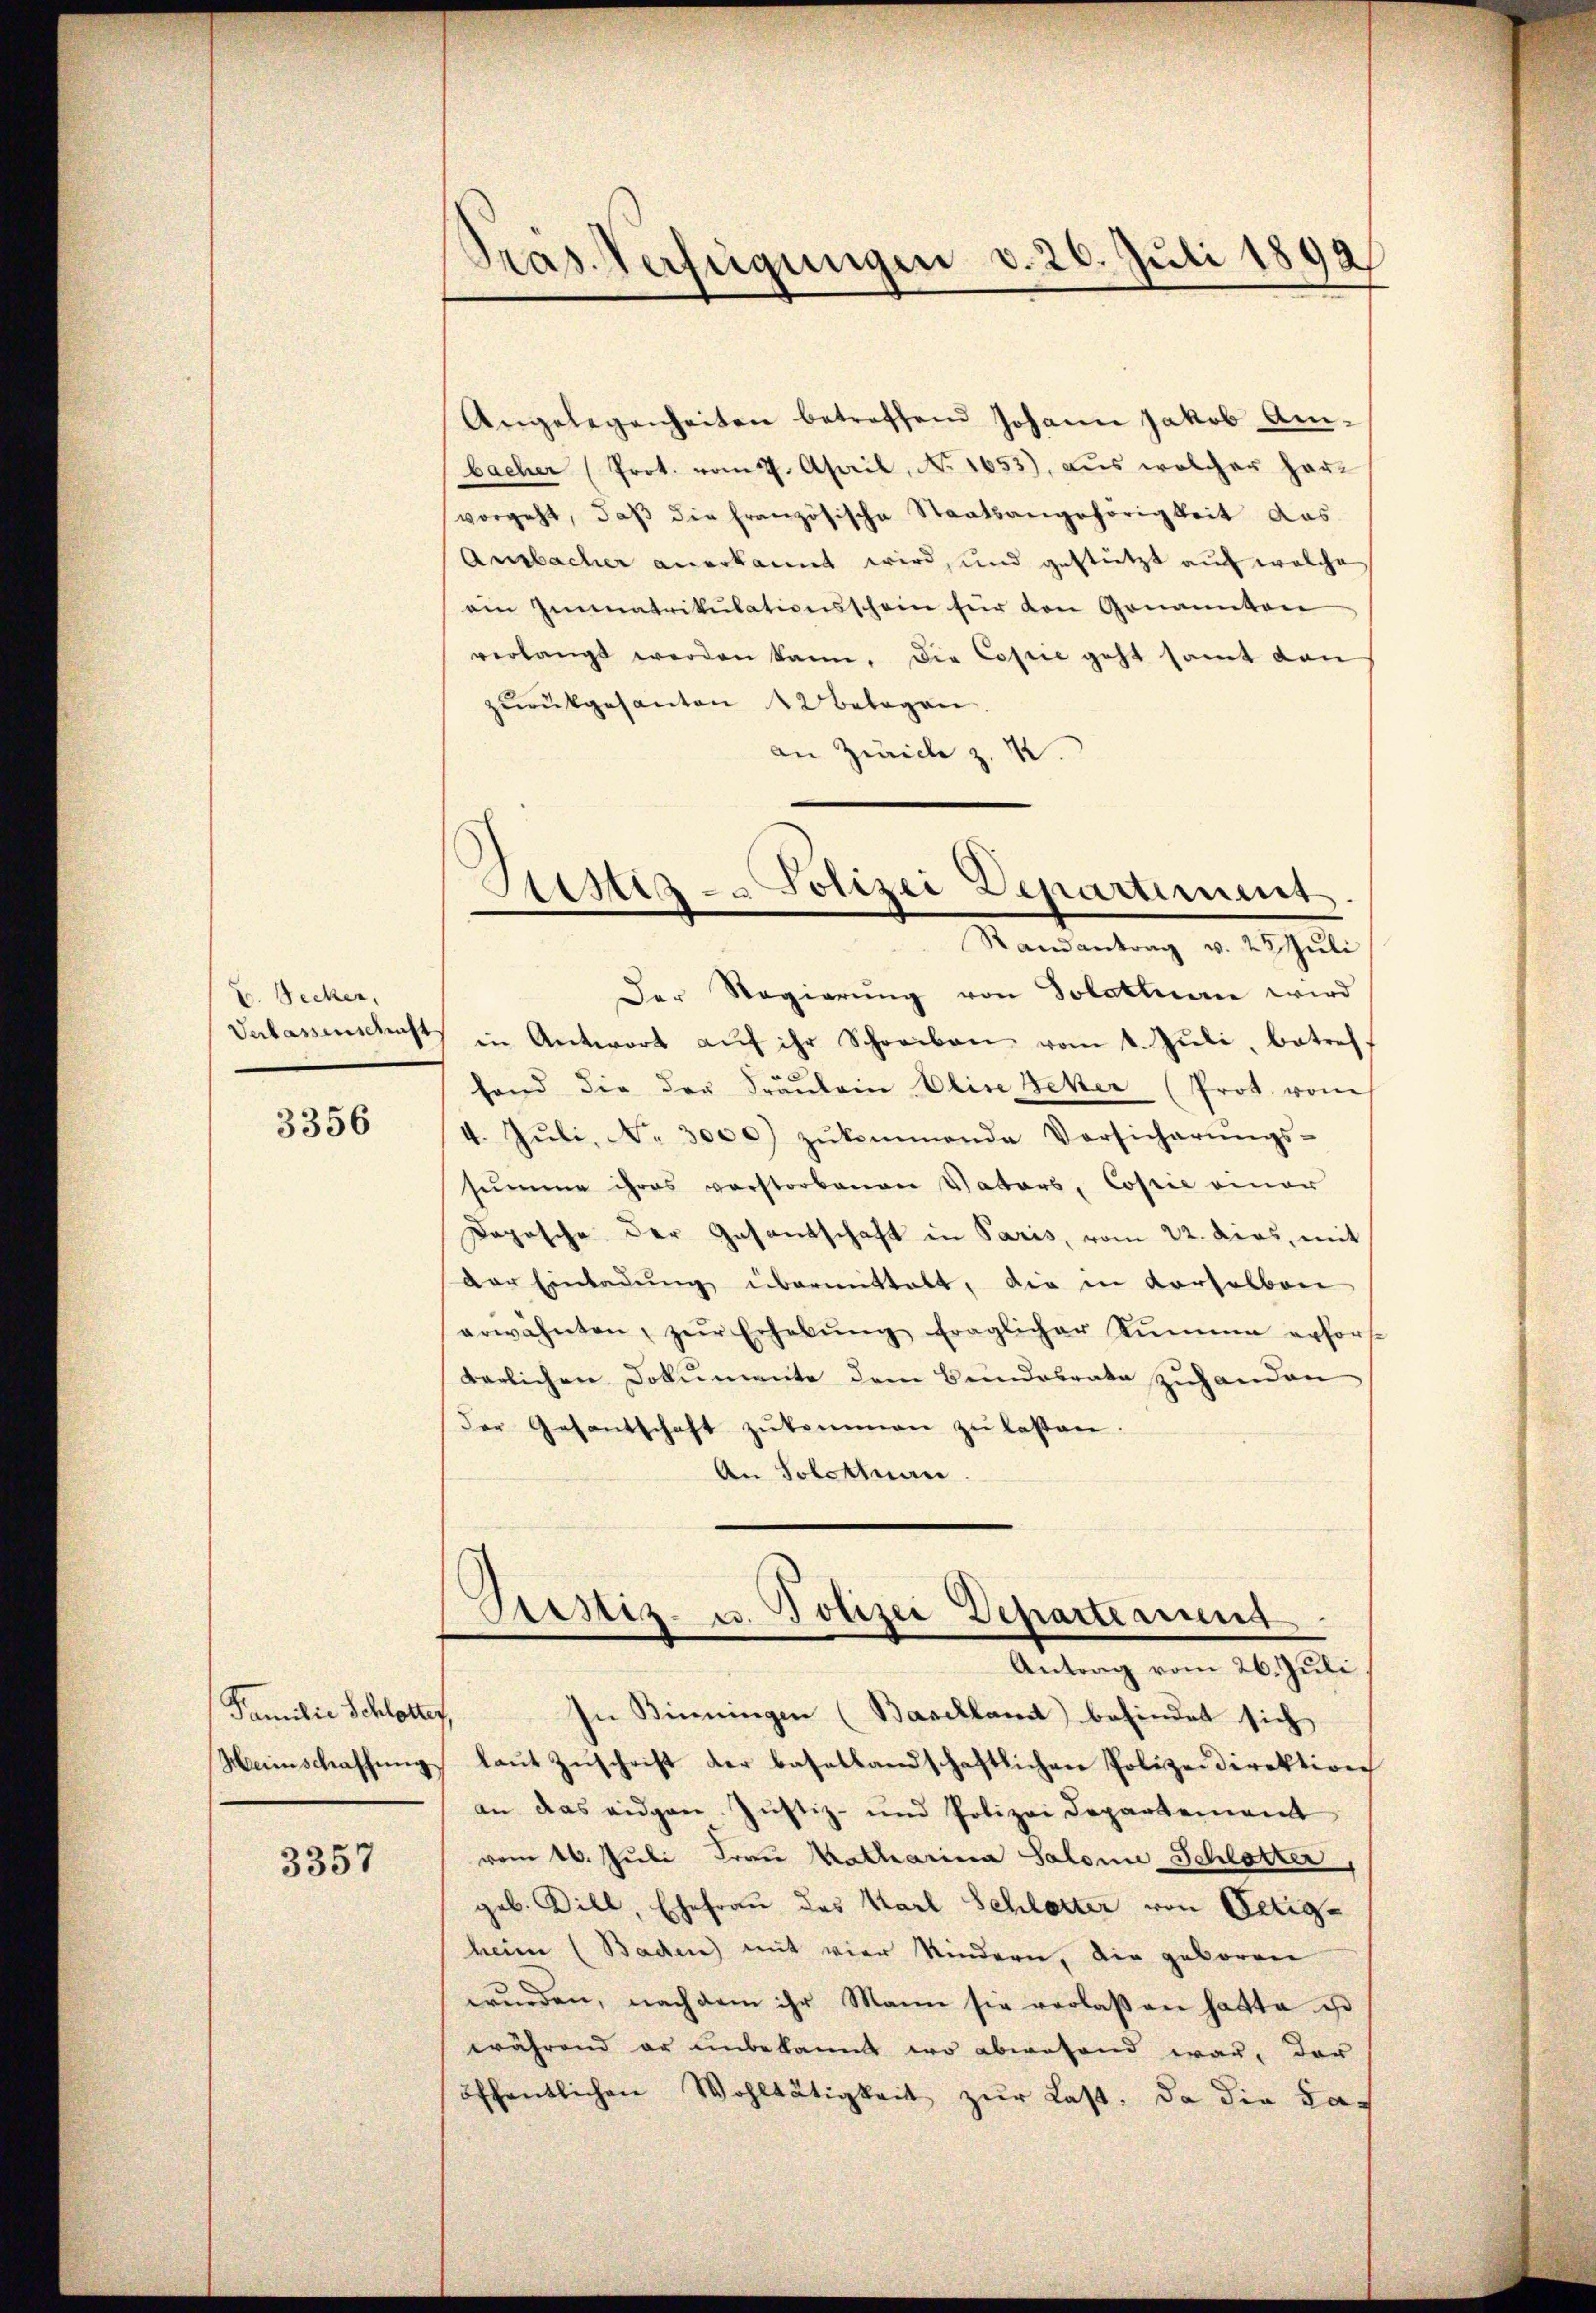
V. Secker,
Verlassenschaft,

3356

Familie Schlotter,
Meinschaffung.

3357

Gras Verfügungen d. 26. Juli 1892

Angelegenheiten betreffend Johann Jakob Am-
bacher (Prot. vom 7. April, No. 1653), aus welcher har-
vorgeht, daβ die französische Staatsangehörigkeit das
Ansbacher anerkannt wird, und gestützt auf welche
ein Immatrikulationsschein für den Genannten
verlangt werden kann. Die Copie geht samt dann
zurückgesanten 12 betagen.
an Zürich z. R.
Der Regierung von Solothurn wird
in Antwort auf ihr Schreiben vom 4. Juli, betreffand die der Fräŭlein Elise Beker (Prot. vom
4. Jŭli, Nr. 3000) zŭkommende Vorsicherŭngs-
summe ihres verstorbenen Vaters, Copie einer
Doposche der Gasantschaft in Paris, vom 22. dies, mit
Der Einladung übermittelt, die in Korselben
erwähnten, zŭr Erhebŭng fraglicher Sŭmme erfort
terlichen Dokumente dem Bundesrate zuhanden
der Gesantschaft zŭkommen zŭ lassen.
An Solottuan
Pestiz- u. Polizei Departeament
Antrag vom 26. Juli
In Binningen (Basellamt befindet sich |
laut Zuschrift der basellandschaftlichen Polizeidirektion
an das eidgen. Justiz- und Polizei Departement
vom 16. Juli Frau Katharina Salonie Schlotter,
geb. Dill, Ehefrau des Karl Schlatter von Oetigheim (Baden) mit vier Kindern, die geboren
wŭrden, nach dem ihr Mann sie verlassen hatte u
während er unbekannt wo abwesend war, der
öffentlichen Wohltätigkeit zŭr Last, da die La¬

Sistig - Polizei Departement
Randantrag v. 23 Juli